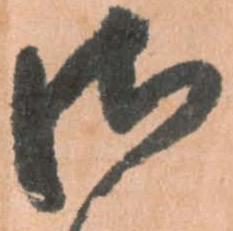
御